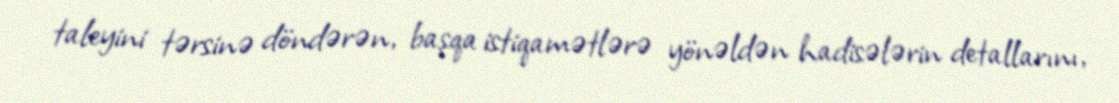
taleyini tərsinə döndərən, başqa istiqamətlərə yönəldən hadisələrin detallarını,